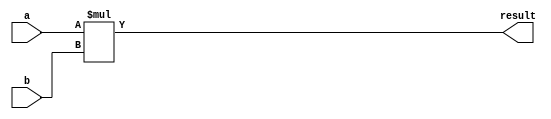
module signed_multiplier(
  input signed [31:0] a, // signed input A
  input signed [31:0] b, // signed input B
  output signed [63:0] result // signed output result
);

reg signed [63:0] temp_result; // temporary result

always @(*) begin
  temp_result = a * b;
end

assign result = temp_result;

endmodule